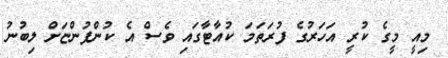
މިއީ މީގެ ކުރީ އަހަރުގެ ފުރަތަމަ ކުއާޓާގައި ވެސް އެ ކުންފުންޏަށް ލިބުނު